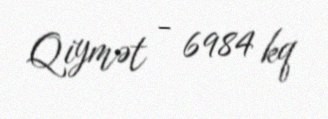
Qiymət - 6984 kq